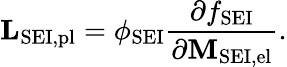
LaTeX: \mathbf{L}_{\mathrm{SEI,pl}}=\phi_{\mathrm{SEI}}\frac{\partial f_{\mathrm{SEI}}}{\partial\mathbf{M}_{\mathrm{SEI,el}}}.